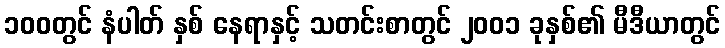
၁၀၀တွင် နံပါတ် နှစ် နေရာနှင့် သတင်းစာတွင် ၂၀၀၁ ခုနှစ်၏ မီဒီယာတွင်